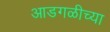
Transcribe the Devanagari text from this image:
आडगळीच्या